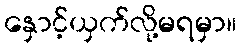
နှောင့်ယှက်လို့မရမှာ။